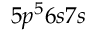
5 p ^ { 5 } 6 s 7 s